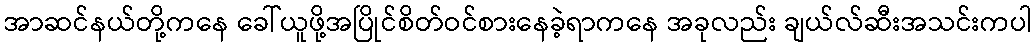
အာဆင်နယ်တို့ကနေ ခေါ်ယူဖို့အပြိုင်စိတ်ဝင်စားနေခဲ့ရာကနေ အခုလည်း ချယ်လ်ဆီးအသင်းကပါ